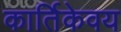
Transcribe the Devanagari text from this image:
कार्तिकेवय